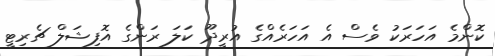
ކޮންމެ އަހަރަކު ވެސް އެ އަހަރެއްގެ އުރީދޫ ކަލަ ރަންގެ އޮފިޝަލް ޗެރިޓީ